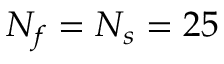
N _ { f } = N _ { s } = 2 5